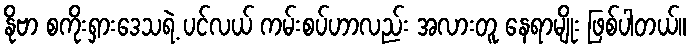
နိုဗာ စကိုးရှားဒေသရဲ့ ပင်လယ် ကမ်းစပ်ဟာလည်း အလားတူ နေရာမျိုး ဖြစ်ပါတယ်။